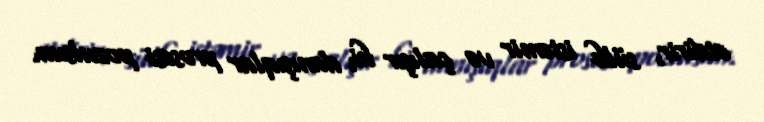
etdirir, sülh istəmir və çalışır ki, danışıqlar prosesi pozulsun.